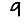
Digit: 9